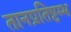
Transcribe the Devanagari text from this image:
तानप्रतिष्टम्भ